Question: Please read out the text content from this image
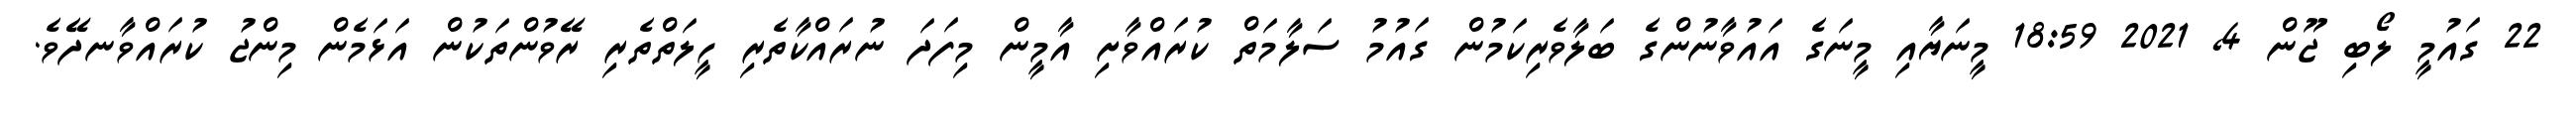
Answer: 22 ގައުމީ ލޯބި ޖޫން 4, 2021 18:59 މީނަޔާއި މީނަގެ އައުވާނުންގެ ބަލާވެރިކަމުން ގައުމު ސަލާމަތް ކުރައްވާށި އާމީން މިފަދަ ނުރައްކާތެރި ހީލަތްތެރި ރޭވުންތަކުން އަޅަމެން މިންޖު ކުރައްވާނދޭވެ.